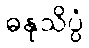
ဓနုသိပ္ပံ